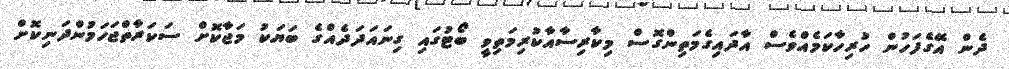
ދެން އޭގެފަހުން ހުރިހާކަމެއްވެސް އާދައިގެމަތިންގޮސް މިކާރިސާއާކުރިމަތިވީ ބޯޓުގައި ގިނައަދަދެއްގެ ބަޔަކު މަޖާކޮށް ސަކަރާތްޖަހަމުންދަނިކޮށް